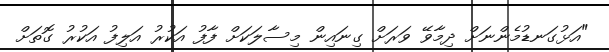
"އަޅުގަނޑުމެންނަށް ދިމާވޭ ވަރަށް ގިނައިން މިސާލަކަށް ފާފު އަކުރު އަލިފު އަކުރު ގޮތަށް